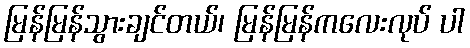
မြန်မြန်သွားချင်တယ်၊ မြန်မြန်ကလေးလုပ် ပါ